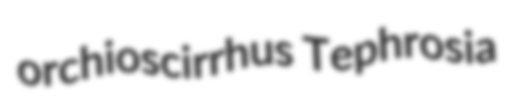
orchioscirrhus Tephrosia